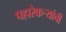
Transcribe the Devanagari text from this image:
पहारेकर्‍यांची